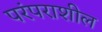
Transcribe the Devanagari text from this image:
परंपराशील